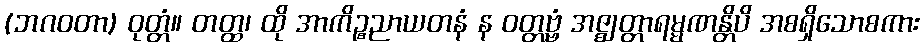
(ဘဂဝတာ) ဝုတ္တံ။ တတ္ထ၊ ထို အာကိဉ္စညာယတနံ န ဝတ္တဗ္ဗံ အဇ္ဈတ္တာရမ္မဏန္တိပိ အစရှိသောစကား